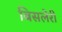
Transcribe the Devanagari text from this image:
बिसलेरी